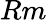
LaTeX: Rm